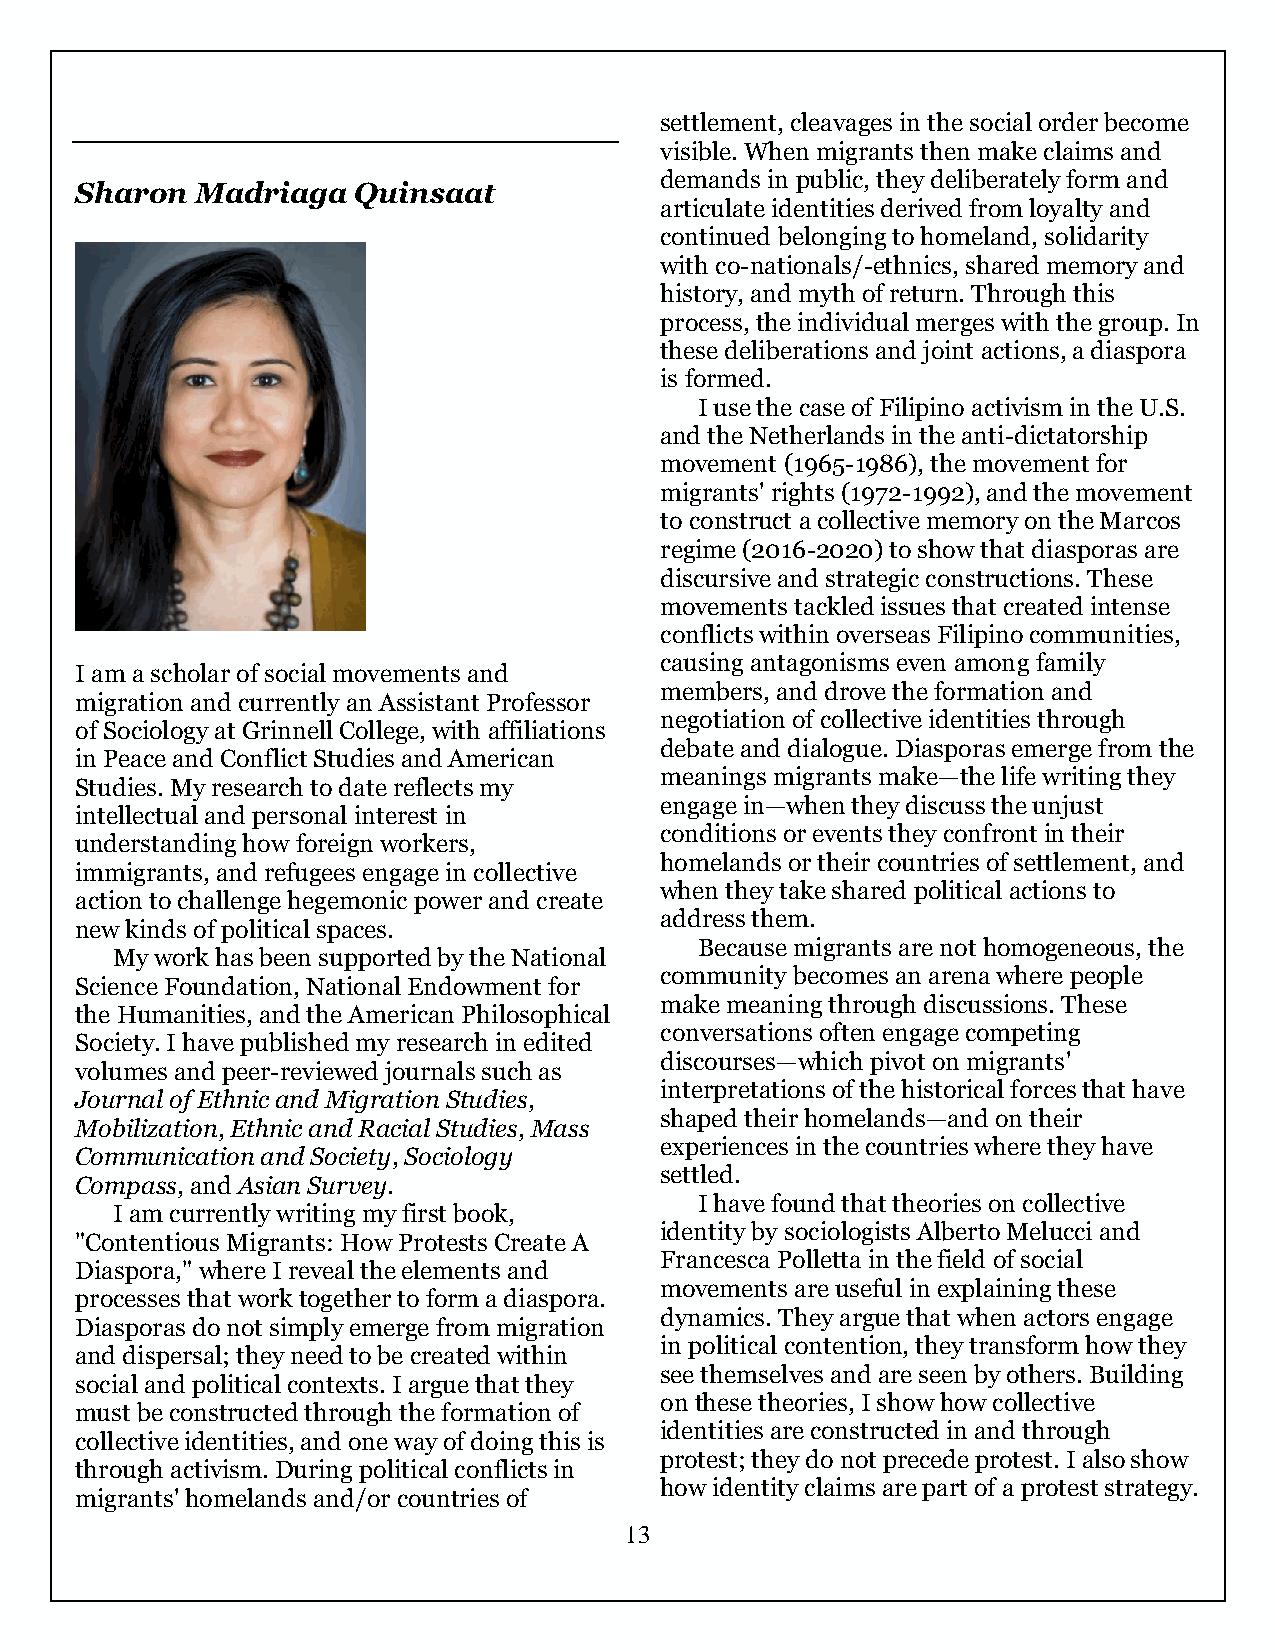
settlement, cleavages in the social order become
 visible. When migrants then make claims and
 demands in public, they deliberately form and
 Sharon  Madriaga  Quinsaat
 articulate identities derived from loyalty and
 continued belonging to homeland, solidarity
 with co-nationals/-ethnics, shared memory and
 history, and myth of return. Through this
 process, the individual merges with the group. In
 these deliberations and joint actions, a diaspora
 is formed.
 I use the case of Filipino activism in the U.S.
 and the Netherlands in the anti-dictatorship
 movement (1965-1986), the movement for
 migrants' rights (1972-1992), and the movement
 to construct a collective memory on the Marcos
 regime (2016-2020) to show that diasporas are
 discursive and strategic constructions. These
 movements tackled issues that created intense
 conflicts within overseas Filipino communities,
 causing antagonisms even among family
 I am a scholar of social movements and
 members, and drove the formation and
 migration and currently an Assistant Professor
 negotiation of collective identities through
 of Sociology at Grinnell College, with affiliations
 debate and dialogue. Diasporas emerge from the
 in Peace and Conflict Studies and American
 meanings migrants make—the life writing they
 Studies. My research to date reflects my
 engage in—when they discuss the unjust
 intellectual and personal interest in
 conditions or events they confront in their
 understanding how foreign workers,
 homelands or their countries of settlement, and
 immigrants, and refugees engage in collective
 when they take shared political actions to
 action to challenge hegemonic power and create
 address them.
 new kinds of political spaces.
 Because migrants are not homogeneous, the
 My work has been supported by the National
 community becomes an arena where people
 Science Foundation, National Endowment for
 make meaning through discussions. These
 the Humanities, and the American Philosophical
 conversations often engage competing
 Society. I have published my research in edited
 discourses—which pivot on migrants'
 volumes and peer-reviewed journals such as
 interpretations of the historical forces that have
 Journal of Ethnic and Migration Studies,
 shaped their homelands—and on their
 Mobilization, Ethnic and Racial Studies, Mass
 experiences in the countries where they have
 Communication and Society, Sociology
 settled.
 Compass, and Asian Survey.
 I have found that theories on collective
 I am currently writing my first book,
 identity by sociologists Alberto Melucci and
 "Contentious Migrants: How Protests Create A
 Francesca Polletta in the field of social
 Diaspora," where I reveal the elements and
 movements are useful in explaining these
 processes that work together to form a diaspora.
 dynamics. They argue that when actors engage
 Diasporas do not simply emerge from migration
 in political contention, they transform how they
 and dispersal; they need to be created within
 see themselves and are seen by others. Building
 social and political contexts. I argue that they
 on these theories, I show how collective
 must be constructed through the formation of
 identities are constructed in and through
 collective identities, and one way of doing this is
 protest; they do not precede protest. I also show
 through activism. During political conflicts in
 how identity claims are part of a protest strategy.
 migrants' homelands and/or countries of
 13